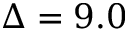
\Delta = 9 . 0